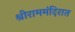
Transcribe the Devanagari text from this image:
श्रीराममंदिरात